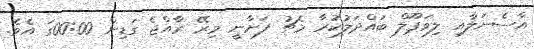
އާސެނަލާއި ލިވަޕޫލް ބައްދަލުކުރާ މެޗު ފަށާނީ މިރޭ ރާއްޖެ ގަޑިން 00:00ގަ އެވެ.